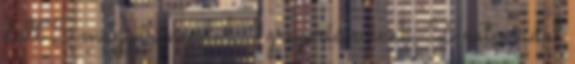
dalt 5 magyar népdal, 1 gregorián ének, 2 katonadal